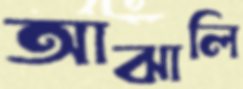
আঝালি